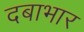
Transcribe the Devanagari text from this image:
दबाभार